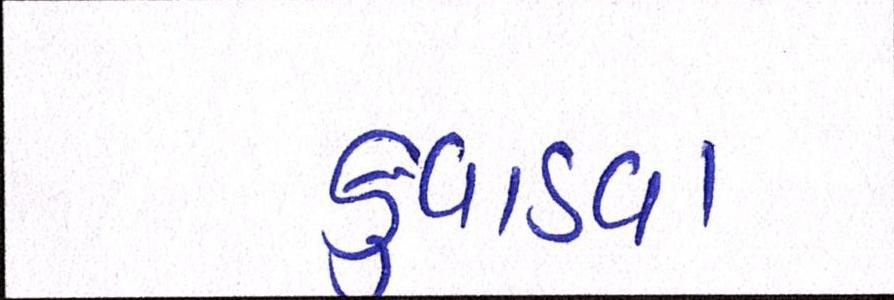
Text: કુવાડવા